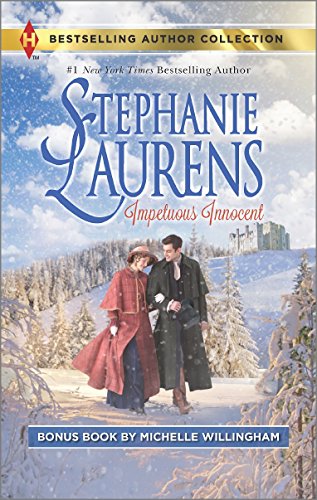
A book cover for Impetuous Innocent: The Accidental Princess (Bestselling Author Collection); Stephanie Laurens; Romance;